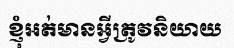
ខ្ញុំអត់មានអ្វីត្រូវនិយាយ